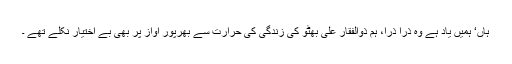
ہاں‘ ہمیں یاد ہے وہ ذرا ذرا، ہم ذوالفقار علی بھٹو کی زندگی کی حرارت سے بھرپور آواز پر بھی بے اختیار نکلے تھے ۔